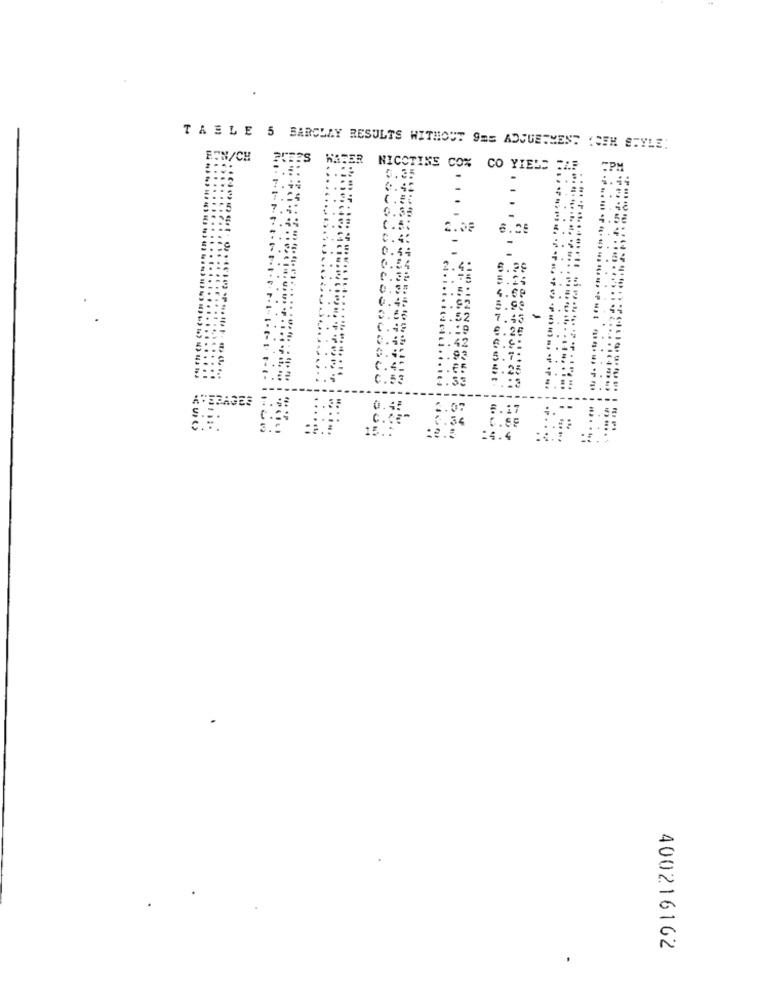
TABLE 5 BARCLAY RESULTS WITHOUT 9ES ADJUSTMENT (SEM STYLE:
FON/CH
ER
NICOTINE CO% CO YIELS
CPM
.
5.44
2.08
-
6.29
5.24
0.35
4.35. 5.35
4.69
3.53 4 .:
0.45
3.92
5.99
.44
2.52
7.45
0.49
2.19
€.20
0.49
2.42
0.45
:. 93
5.7:
0.45
C.53
2.53
5.25
3.07
8.58
:2.5
14.4
400216162